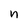
Character: n